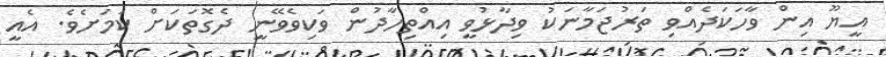
އީޔޫ އިން ވާހަކަދެއްވި ތަރުޖަމާނަކު ވިދާޅުވީ އިއްތިހާދުން ވަކިވެވޭނީ ދެގޮތަކަށް ކަމަށެވެ. އެއީ